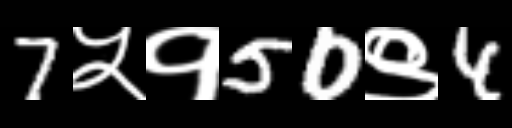
Text: 7५१50९4